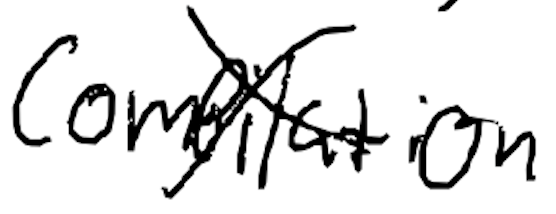
Text: compilation
Cross-out: cross
Writing tool: digital_black